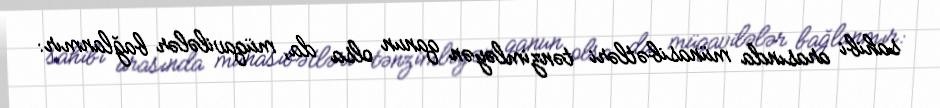
sahibi arasında münasibətləri tənzimləyən qanun olsa da, müqavilələr bağlanmır: